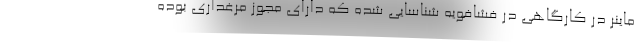
ماینر در کارگاهی در فشافویه شناسایی شده که دارای مجوز مرغداری بوده